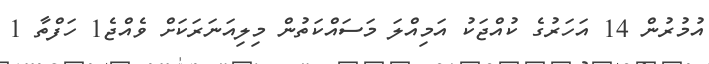
އުމުރުން 14 އަހަރުގެ ކުއްޖަކު އަމިއްލަ މަސައްކަތުން މިލިއަނަރަކަށް ވެއްޖެ1 ހަފްތާ 1